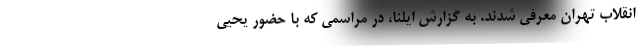
انقلاب تهران معرفی شدند. به گزارش ایلنا، در مراسمی که با حضور یحیی